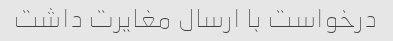
درخواست با ارسال مغایرت داشت